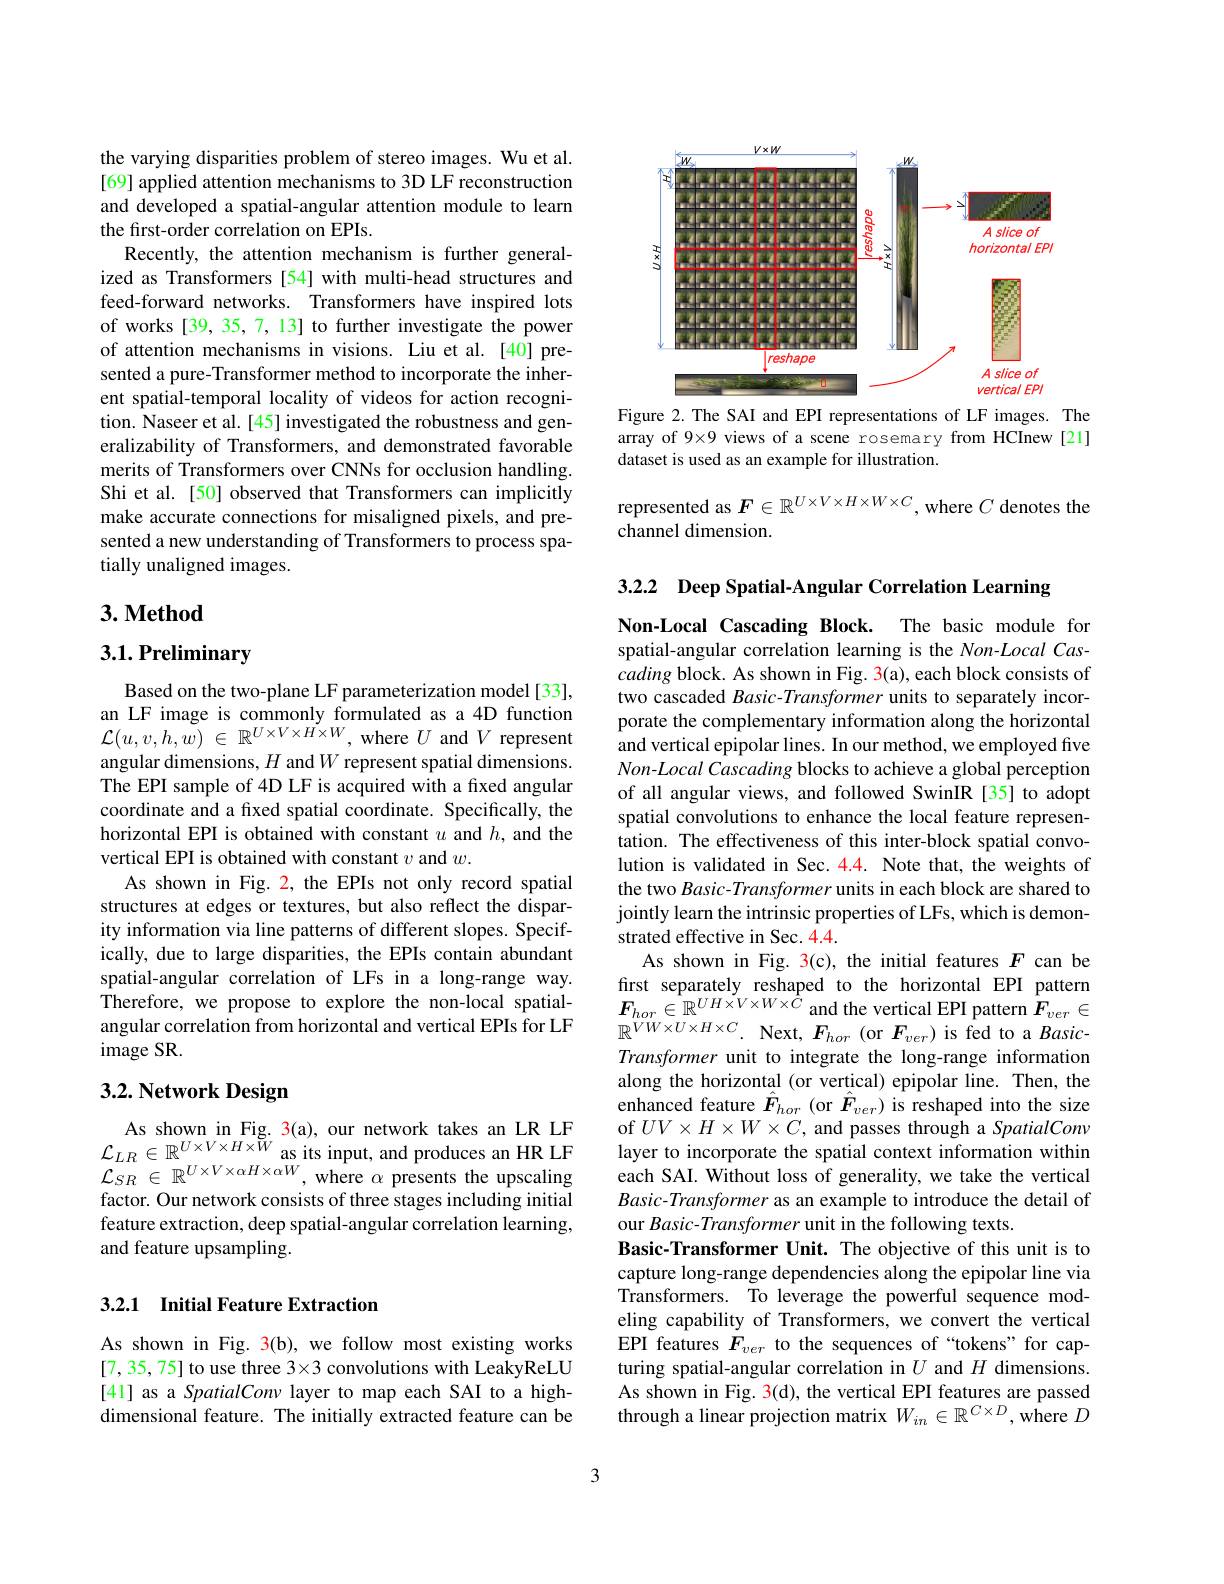
<FigureHere>

Figure 2. The SAI and EPI representations of LF images. The array of 9×9 views of a scene rosemary from HCInew[21] dataset is used as an example for illustration.

represented as $F\in\mathbb{R}^{U\times V\times H\times W\times C}$, where $C$ denotes the
channel dimension.

the varying disparities problem of stereo images. Wu et al. [69] applied attention mechanisms to 3D LF reconstruction and developed a spatial-angular attention module to learn the first-order correlation on EPIs.
Recently, the attention mechanism is further generalized as Transformers[54] with multi-head structures and feed-forward networks. Transformers have inspired lots of works [39, 35, 7, 13] to further investigate the power of attention mechanisms in visions. Liu et al.[40] presented a pure-Transformer method to incorporate the inherent spatial-temporal locality of videos for action recognition. Naseer et al. [45] investigated the robustness and generalizability of Transformers, and demonstrated favorable merits of Transformers over CNNs for occlusion handling. Shi et al. [50] observed that Transformers can implicitly make accurate connections for misaligned pixels, and presented a new understanding of Transformers to process spatially unaligned images.

## $3. \textbf{Method}$

## $3. 1. \textbf{Preliminary}$

Based on the two-plane LF parameterization model[33], an LF image is commonly formulated as a 4D function $\mathcal{L} ( u, v, h, w)$ $\in$ $\mathbb{R} ^{U\times V\times \dot{H} \times W}$, where $U$ and $V$ represent angular dimensions, $H$ and $W$ represent spatial dimensions. The EPI sample of 4D LF is acquired with a fixed angular coordinate and a fixed spatial coordinate. Specifically, the horizontal EPI is obtained with constant $u$ and $h$, and the vertical EPI is obtained with constant $v$ and $w.$
As shown in Fig. 2, the EPIs not only record spatial structures at edges or textures, but also reflect the disparity information via line patterns of different slopes. Specifically, due to large disparities, the EPIs contain abundant spatial-angular correlation of LFs in a long-range way. Therefore, we propose to explore the non-local spatialangular correlation from horizontal and vertical EPIs for LF image SR.

## 3.2. Network Design

As shown in Fig. 3(a), our network takes an LR LF $\begin{array}{l}{\mathcal{L}_{LR}\in\mathbb{R}^{U\times V\times H\times W}\mathrm{~as~its~input,~and~produces~an~HR~LF}}\\{\mathcal{L}_{SR}\in\mathbb{R}^{U\times V\times\alpha H\times\alpha W},\mathrm{~where~}\alpha\mathrm{~presents~the~upscaling}}\\\end{array}$ factor. Our network consists of three stages including initial feature extraction, deep spatial-angular correlation learning, and feature upsampling.

## 3.2.1 Initial Feature Extraction

As shown in Fig. 3(b), we follow most existing works [7,35,75] to use three 3×3 convolutions with LeakyReLU [41] as a SpatialConv layer to map each SAI to a highdimensional feature. The initially extracted feature can be

3.2.2 Deep Spatial-Angular Correlation Learning
Non-Local Cascading Block. The basic module for spatial-angular correlation learning is the $Non-Local$ Cascading block. As shown in Fig. 3(a), each block consists of two cascaded Basic-Transformer units to separately incorporate the complementary information along the horizontal and vertical epipolar lines. In our method, we employed five Non-Local Cascading blocks to achieve a global perception of all angular views, and followed SwinIR [35] to adopt spatial convolutions to enhance the local feature representation. The effectiveness of this inter-block spatial convolution is validated in Sec. 4.4. Note that, the weights of the two Basic-Transformer units in each block are shared to jointly learn the intrinsic properties of LFs, which is demonstrated effective in Sec. 4.4.
As shown in Fig. 3(c), the initial features $F$ can be first separately reshaped to the horizontal EPI pattern $\begin{array}{l}{F_{hor}\in\mathbb{R}^{UH\times V\times W\times\hat{C}}\mathrm{~and~the~vertical~EPI~pattern~}\hat{F}_{ver}\in}\\{\mathbb{R}^{VW\times U\times H\times C}.\mathrm{~Next,~}F_{hor}\mathrm{~(or~}F_{ver})\mathrm{~is~fed~to~a~}Basic-}\\{\pi}\\\end{array}$ Transformer unit to integrate the long-range information along the horizontal (or vertical) epipolar line. Then, the enhanced feature $\hat{F}_{hor}$ (or $\hat{F}_{ver}$)is reshaped into the size of $UV\times H\times W\times C$, and passes through a SpatialConv layer to incorporate the spatial context information within each SAI. Without loss of generality, we take the vertical Basic-Transformer as an example to introduce the detail of our Basic-Transformer unit in the following texts.
Basic-Transformer Unit. The objective of this unit is to capture long-range dependencies along the epipolar line via Transformers. To leverage the powerful sequence modeling capability of Transformers, we convert the vertical EPI features $\dot{F}_{ver}$ to the sequences of“tokens”for capturing spatial-angular correlation in $U$ and $H$ dimensions. As shown in Fig. 3(d), the vertical EPI features are passed through a linear projection matrix $W_{in}\in\mathbb{R}^{C\times D}$, where $D$

3